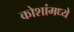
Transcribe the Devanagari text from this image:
कोशांमध्ये